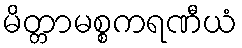
မိတ္တာမစ္စကရဏီယံ